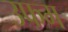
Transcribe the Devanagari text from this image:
उफम